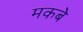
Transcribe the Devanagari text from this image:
मकबे